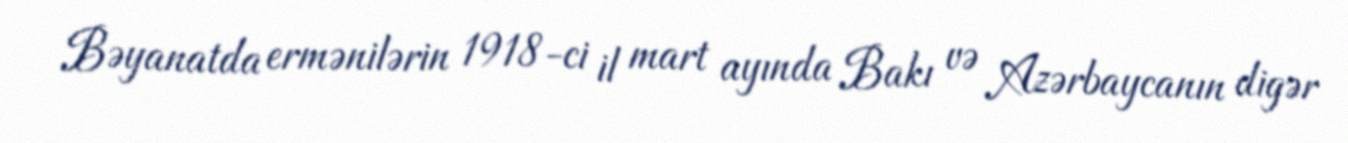
Bəyanatda ermənilərin 1918-ci il mart ayında Bakı və Azərbaycanın digər